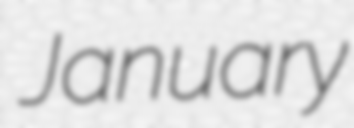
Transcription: January